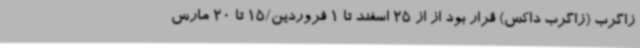
زاگرب (زاگرب داکس) قرار بود از از 25 اسفند تا 1 فروردین/15 تا 20 مارس